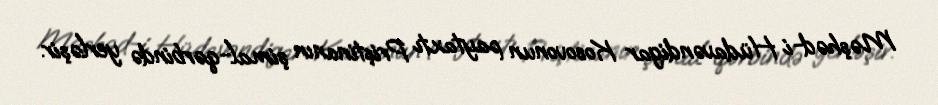
Məşhəd-i Hüdavəndigar Kosovonun paytaxtı Priştinanın şimal-qərbində yerləşir.